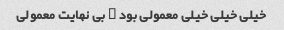
خیلی خیلی خیلی معمولی بود … بی نهایت معمولی